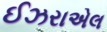
ઈઝરાએલ